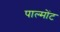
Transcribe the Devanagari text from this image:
पाल्मोंट